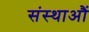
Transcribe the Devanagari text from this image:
संस्थाऔं